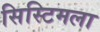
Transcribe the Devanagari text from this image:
सिस्टिमला